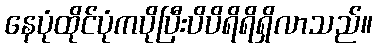
နေပုံထိုင်ပုံကပိုပြီးပိပိရိရိရှိလာသည်။